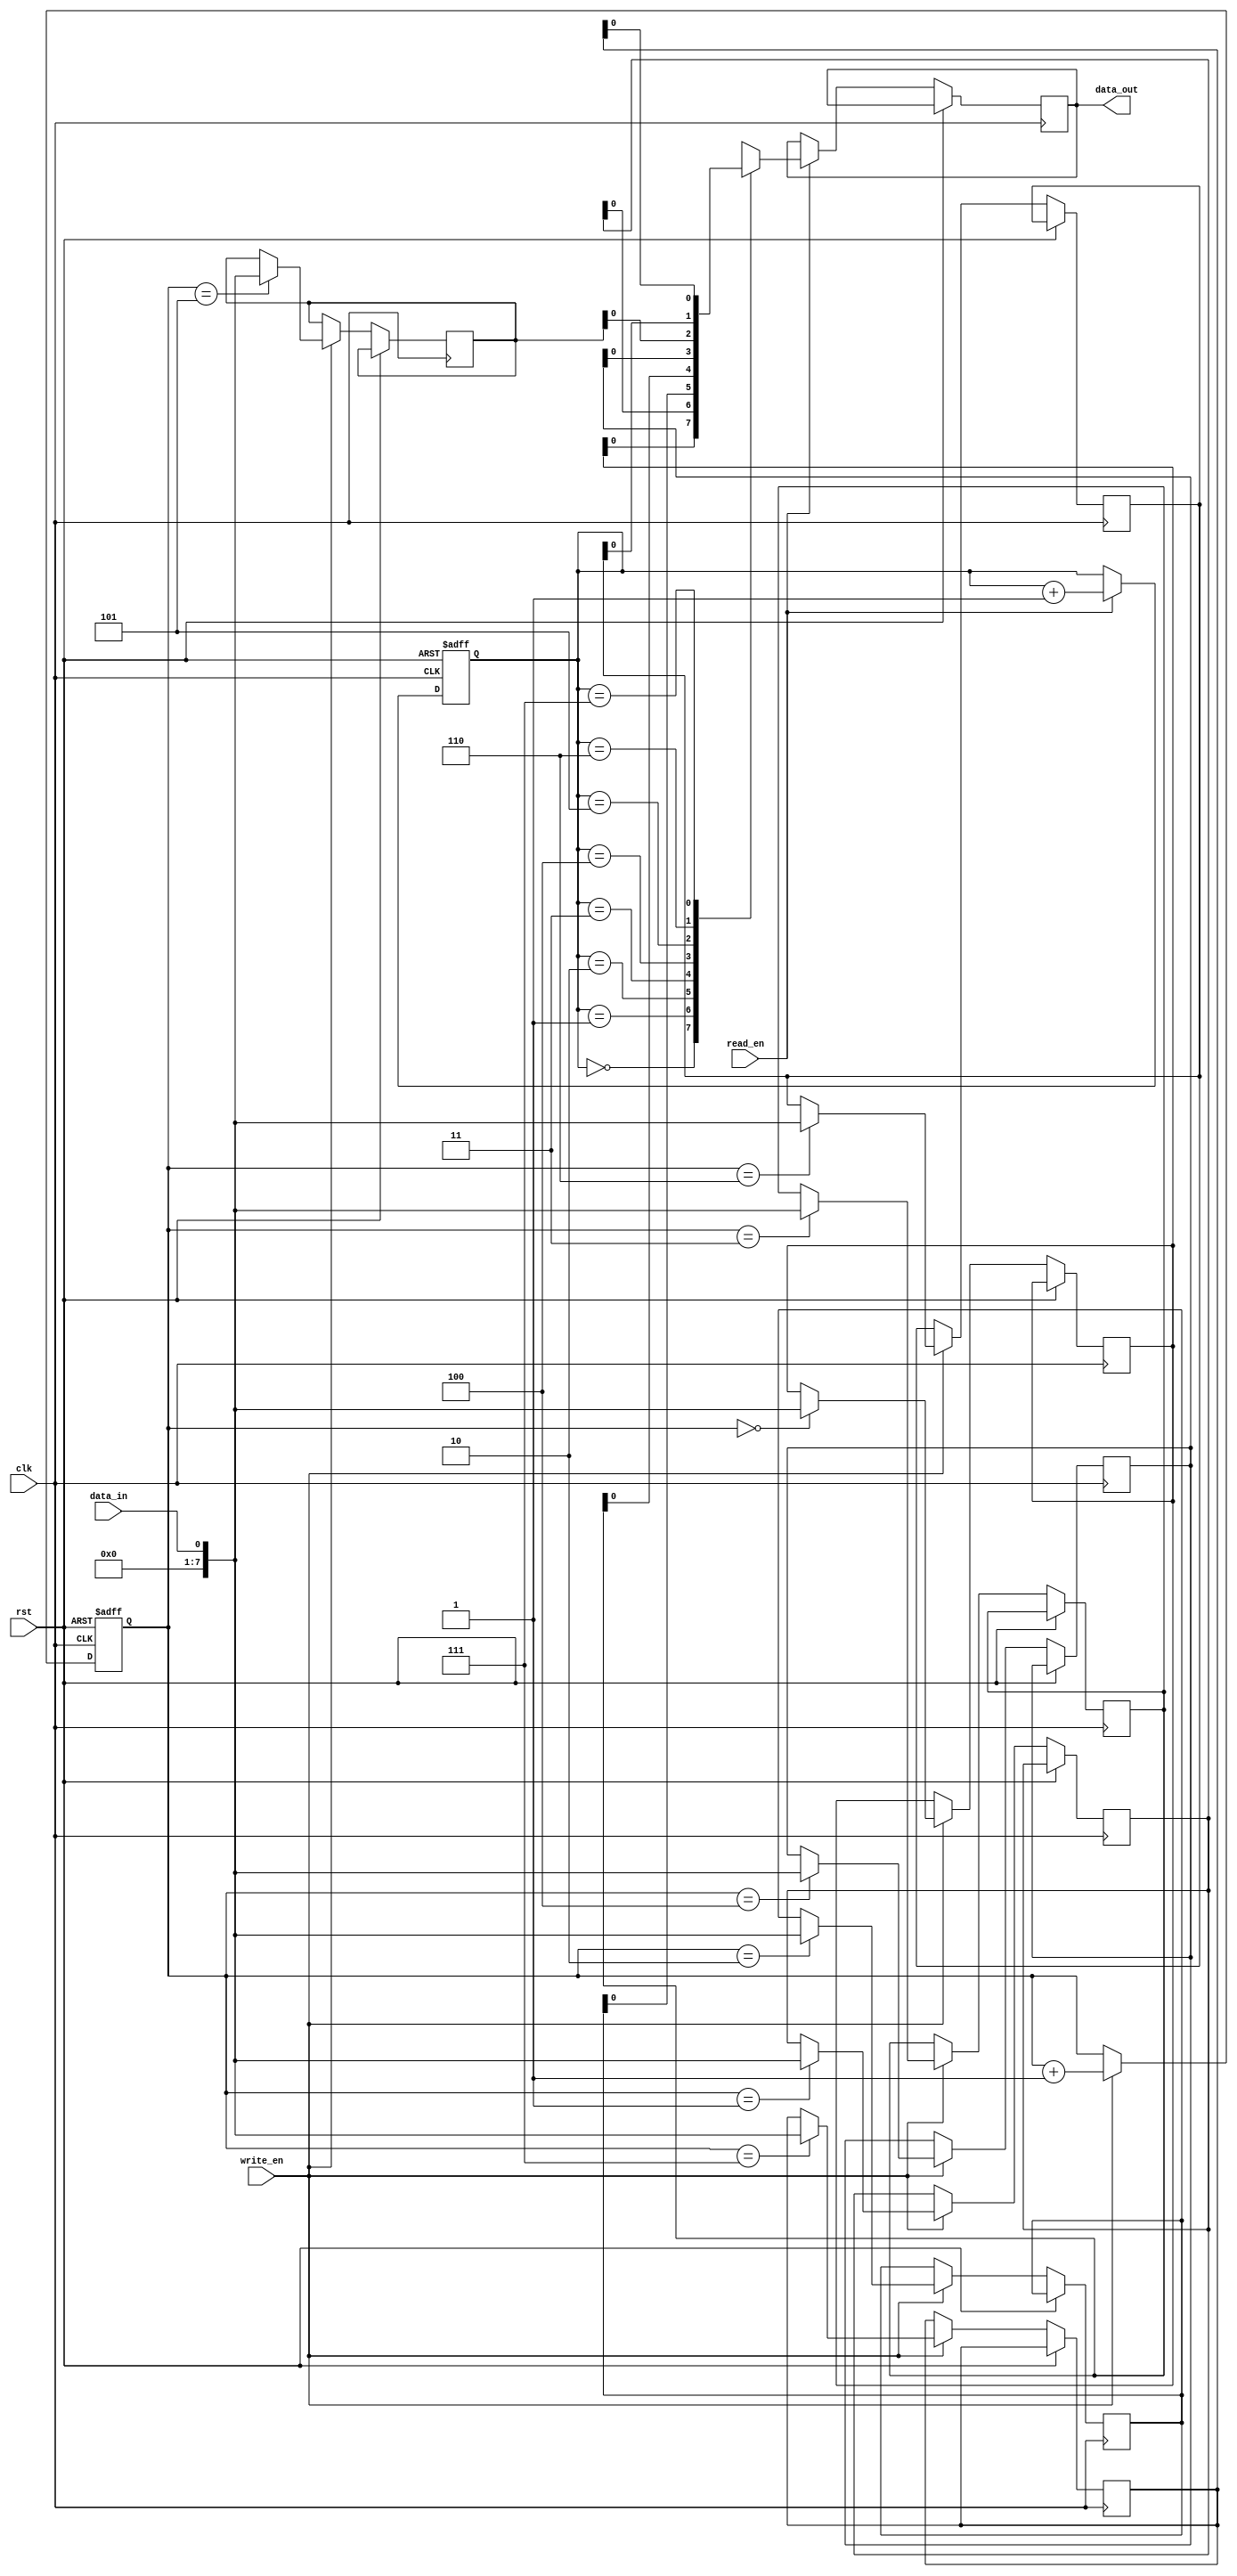
module FIFO (
   input wire clk,         // Clock input
   input wire rst,         // Reset input
   input wire write_en,    // Write enable signal
   input wire read_en,     // Read enable signal
   input wire data_in,     // Data input
   output reg data_out     // Data output
);

// Parameters defining FIFO depth
parameter DEPTH = 8;

// Internal FIFO memory
reg [7:0] mem [0:DEPTH-1];

// Read and write pointers
reg [2:0] read_ptr = 0;
reg [2:0] write_ptr = 0;

// Write operation
always @(posedge clk or posedge rst)
begin
   if (rst)
      write_ptr <= 0;
   else if (write_en)
   begin
      mem[write_ptr] <= data_in;
      write_ptr <= write_ptr + 1;
   end
end

// Read operation
always @(posedge clk or posedge rst)
begin
   if (rst)
      read_ptr <= 0;
   else if (read_en)
   begin
      data_out <= mem[read_ptr];
      read_ptr <= read_ptr + 1;
   end
end

endmodule